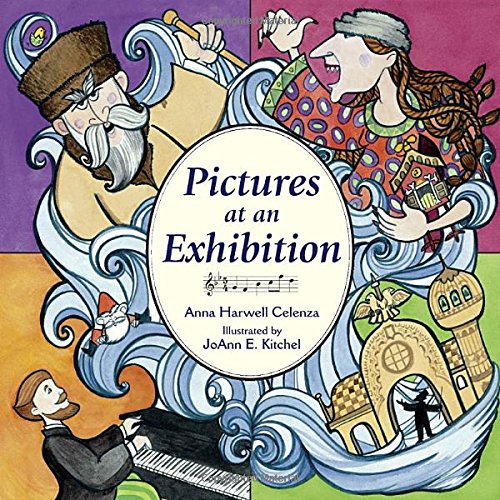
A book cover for Pictures at an Exhibition; Anna Harwell Celenza; Children's Books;